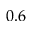
0 . 6